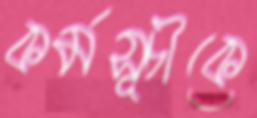
কর্মসূচীকে